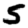
Digit: 5